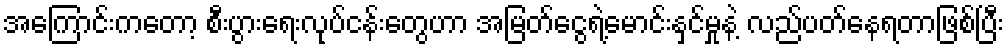
အကြောင်းကတော့ စီးပွားရေးလုပ်ငန်းတွေဟာ အမြတ်ငွေရဲ့မောင်းနှင်မှုနဲ့ လည်ပတ်နေရတာဖြစ်ပြီး